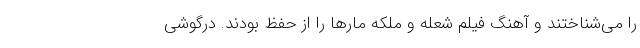
را می‌شناختند و آهنگ فیلم شعله و ملکه مارها را از حفظ بودند. درگوشی